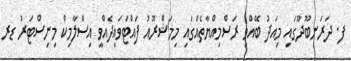
ފ. ދަރަނބޫދޫގައި މިއަދު ބޭއްވި ރަސްމިއްޔާތެއްގައި މިމަޝްރޫއު ފައްޓަވައިދެއްވީ އިސްލާމިކް މިނިސްޓަރު ޑރ